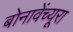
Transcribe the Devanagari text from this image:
बोनावेंच्यूरा